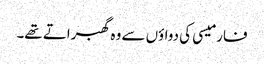
فارمیسی کی دواؤں سے وہ گھبراتے تھے۔